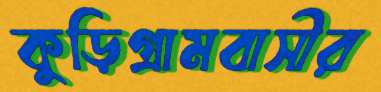
কুড়িগ্রামবাসীর